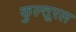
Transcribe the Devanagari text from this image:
कुल्तूरल